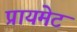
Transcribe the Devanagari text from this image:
प्रायमेट